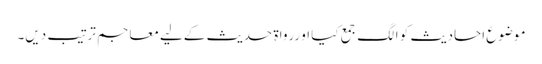
موضوع احادیث کو الگ جمع کیا او ررواۃ حدیث کےلیے معاجم ترتیب دیں۔